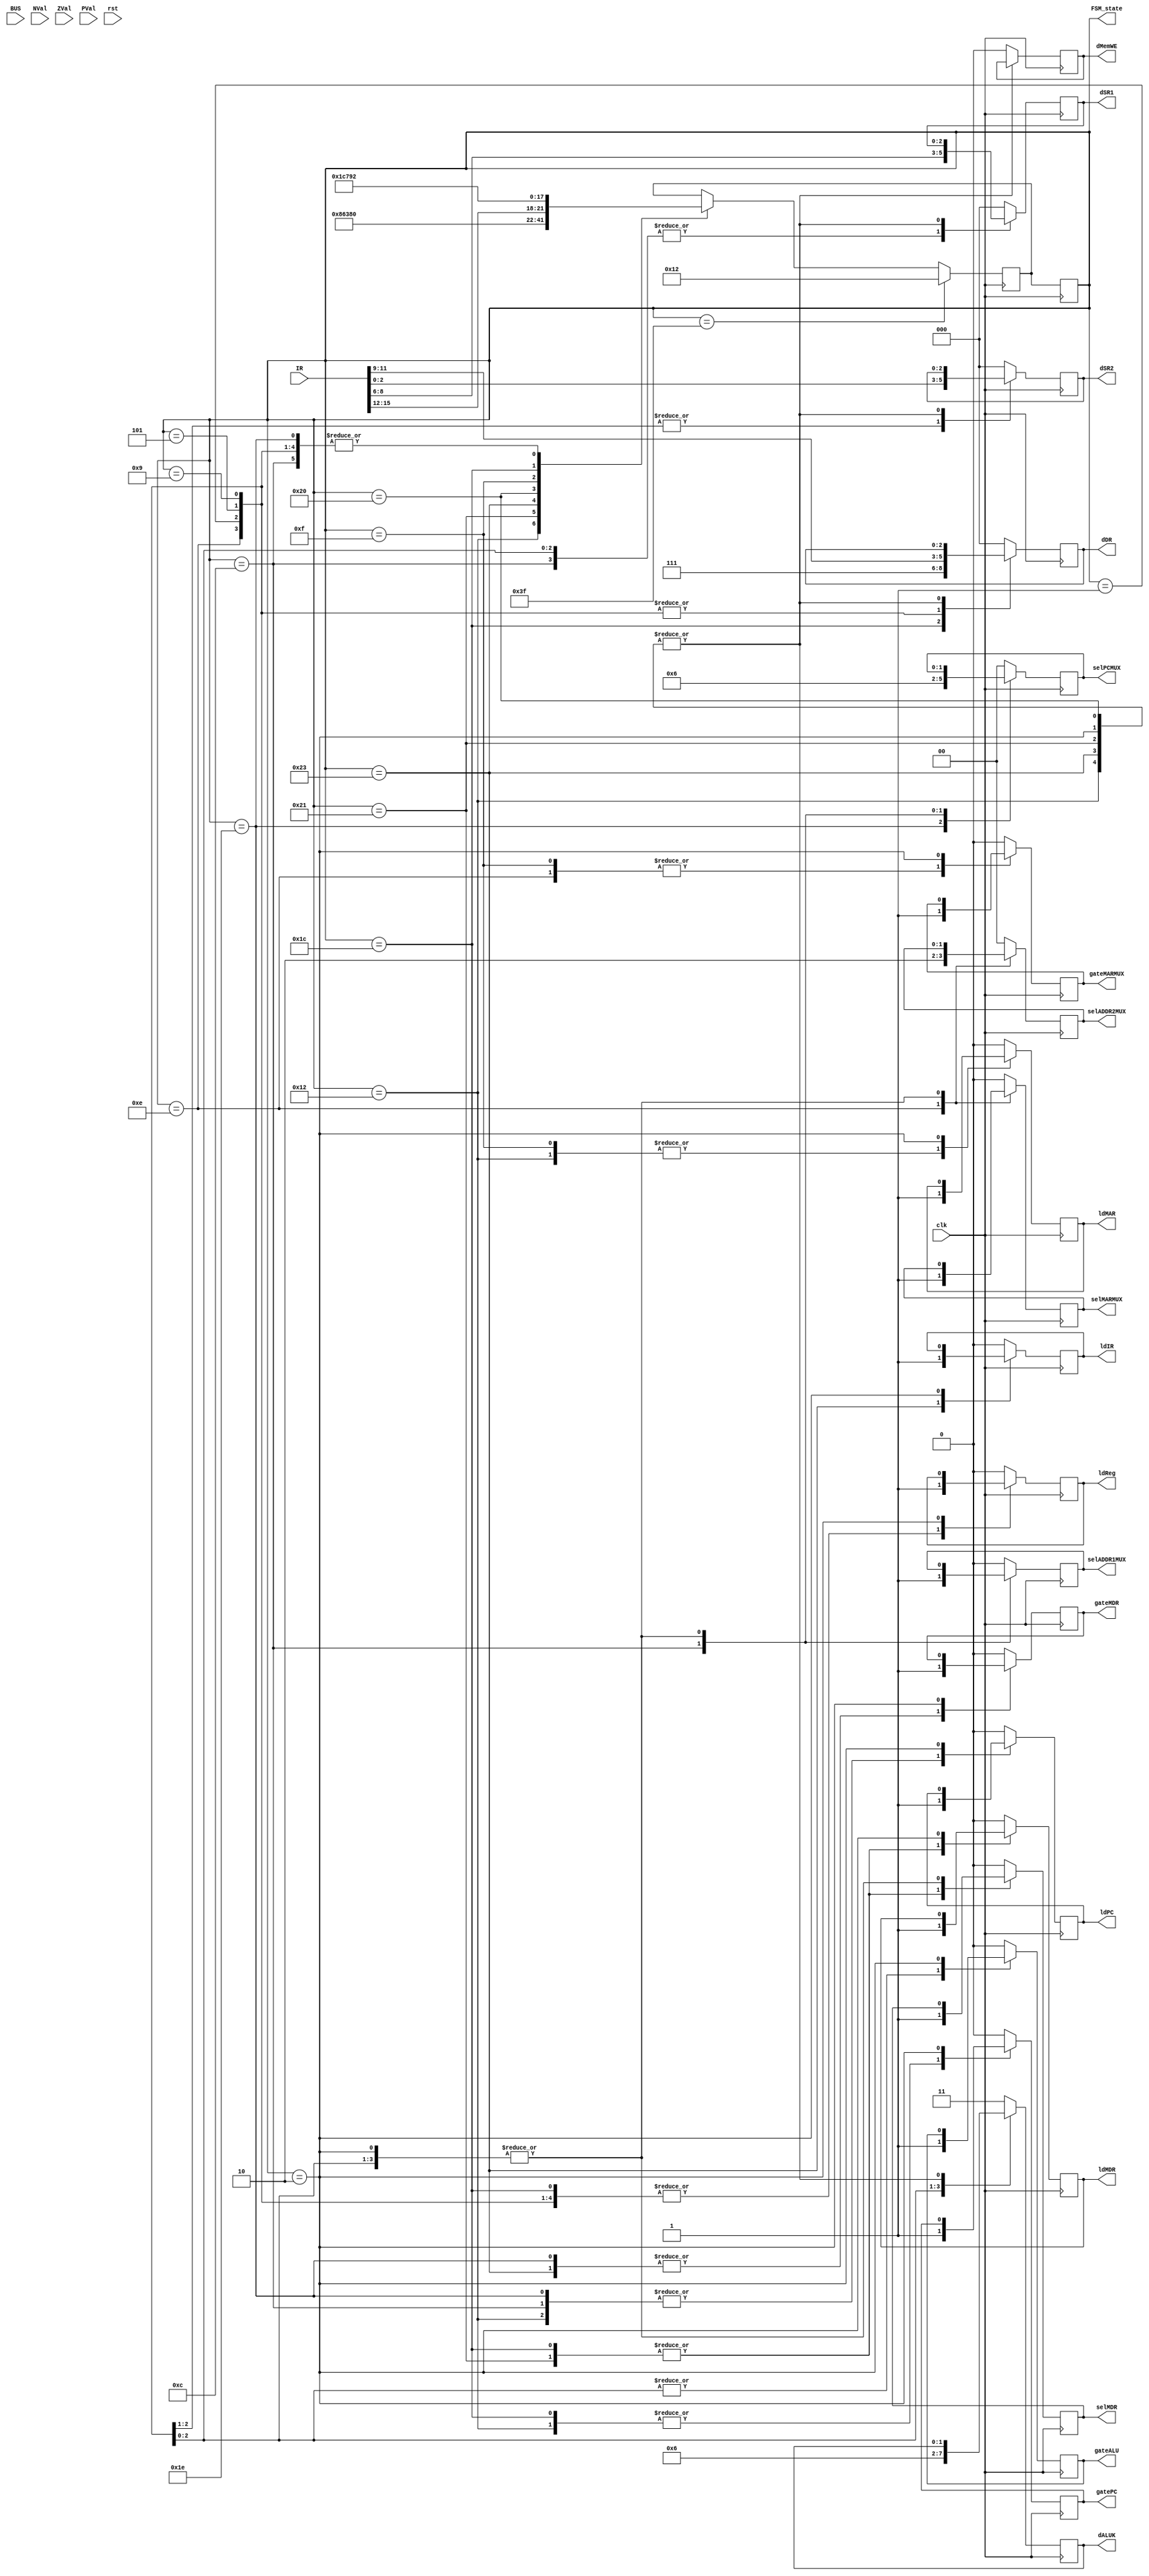
module FSM(
	//Inputs
	input [15:0] IR,
	input [15:0] BUS,
	input NVal,
	input ZVal,
	input PVal,
	//TSB Control
	output reg gateMARMUX,
	output reg gatePC,
	output reg gateALU,
	output reg gateMDR,
	//MUX
	output reg selMARMUX,	
	output reg [1:0] selPCMUX,
	output reg selADDR1MUX,
	output reg [1:0] selADDR2MUX,
	output reg selMDR,
	//Load
	output reg ldPC,
	output reg ldReg,
	output reg ldIR,
	output reg ldMDR,
	output reg ldMAR,
	//Data / Control
	output reg [2:0] dSR1,
	output reg [2:0] dSR2,
	output reg [2:0] dDR,
	output reg [1:0] dALUK,
	output reg dMemWE,
	//FSM State
	output reg [5:0] FSM_state,
	//Processor
	input clk,
	input rst);

	reg [5:0] FSM_next;

	initial
		FSM_state <= 6'd63;

	always @ (negedge clk)
		FSM_state <= FSM_next;

	// always @ (posedge rst)
	// 	FSM_state <= 6'd33;

	always @ (posedge clk) begin
		case (FSM_state)

			// ===> FETCH

			18: begin
				// MAR <- PC
				// PC <- PC + 1

				// TSBs
				gateMARMUX <= 0; gatePC <= 1;        gateALU <= 0;      gateMDR <= 0;
				// SEL
				selMARMUX <= 0;	 selPCMUX <= 2'b00;  selADDR1MUX <= 0;  selADDR2MUX <= 2'b00;  selMDR <= 0;
				// LOAD
				ldPC <= 1;       ldReg <= 0;         ldIR <= 0;         ldMDR <= 0;            ldMAR <= 1;

				FSM_next <= 6'd33;
			end

			33: begin
				// MDR <- m[MAR]

				// TSBs
				gateMARMUX <= 0; gatePC <= 0;        gateALU <= 0;      gateMDR <= 0;
				// SEL
				selMARMUX <= 0;	 selPCMUX <= 2'b00;  selADDR1MUX <= 0;  selADDR2MUX <= 2'b00;  selMDR <= 1;
				// LOAD
				ldPC <= 0;       ldReg <= 0;         ldIR <= 0;         ldMDR <= 1;            ldMAR <= 0;

				FSM_next <= 6'd35;
			end

			35: begin
				// IR <- MDR

				// TSBs
				gateMARMUX <= 0; gatePC <= 0;        gateALU <= 0;      gateMDR <= 1;
				// SEL
				selMARMUX <= 0;	 selPCMUX <= 2'b00;  selADDR1MUX <= 0;  selADDR2MUX <= 2'b00;  selMDR <= 0;
				// LOAD
				ldPC <= 0;       ldReg <= 0;         ldIR <= 1;         ldMDR <= 0;            ldMAR <= 0;

				FSM_next <= 6'd32;
			end

			// <=== FETCH

			// ===> DECODE

			32: begin
				// FSM_next <- IR[15:12]

				// TSBs
				gateMARMUX <= 0; gatePC <= 0;        gateALU <= 0;      gateMDR <= 0;
				// SEL
				selMARMUX <= 0;	 selPCMUX <= 2'b00;  selADDR1MUX <= 0;  selADDR2MUX <= 2'b00;  selMDR <= 0;
				// LOAD
				ldPC <= 0;       ldReg <= 0;         ldIR <= 0;         ldMDR <= 0;            ldMAR <= 0;

				FSM_next <= { 2'b00, IR[15:12] };
			end

			// <=== DECODE

			// ===> EXECUTE

			1: begin
				// ADD+
				// DR <- SR1 + [SR2 / SEXT[imm5]]

				// TSBs
				gateMARMUX <= 0; gatePC <= 0;        gateALU <= 1;      gateMDR <= 0;
				// LOAD
				ldPC <= 0;       ldReg <= 1;         ldIR <= 0;         ldMDR <= 0;            ldMAR <= 0;
				// DATA CTRL
				dSR1 <= IR[8:6]; dSR2 <= IR[2:0];    dDR <= IR[11:9];   dALUK <= 2'b00;        dMemWE <= 0;

				FSM_next <= 6'd18;
			end

			5: begin
				// AND+
				// DR <- SR1 & [SR2 / SEXT[imm5]]

				// TSBs
				gateMARMUX <= 0; gatePC <= 0;        gateALU <= 1;      gateMDR <= 0;
				// LOAD
				ldPC <= 0;       ldReg <= 1;         ldIR <= 0;         ldMDR <= 0;            ldMAR <= 0;
				// DATA CTRL
				dSR1 <= IR[8:6]; dSR2 <= IR[2:0];    dDR <= IR[11:9];   dALUK <= 2'b01;        dMemWE <= 0;

				FSM_next <= 6'd18;
			end

			9: begin
				// NOT
				// DR <- ~SR

				// TSBs
				gateMARMUX <= 0; gatePC <= 0;        gateALU <= 1;      gateMDR <= 0;
				// LOAD
				ldPC <= 0;       ldReg <= 1;         ldIR <= 0;         ldMDR <= 0;            ldMAR <= 0;
				// DATA CTRL
				dSR1 <= IR[8:6]; dSR2 <= 3'b000;     dDR <= IR[11:9];   dALUK <= 2'b10;        dMemWE <= 0;

				FSM_next <= 6'd18;
			end

			15: begin
				// TRAP s0
				// MAR <- ZEXT[IR[7:0]]

				// TSBs
				gateMARMUX <= 1; gatePC <= 0;        gateALU <= 0;      gateMDR <= 0;
				// SEL
				selMARMUX <= 0;	 selPCMUX <= 2'b00;  selADDR1MUX <= 0;  selADDR2MUX <= 2'b00;  selMDR <= 0;
				// LOAD
				ldPC <= 0;       ldReg <= 0;         ldIR <= 0;         ldMDR <= 0;            ldMAR <= 1;
				// DATA CTRL
				dSR1 <= 3'b000;  dSR2 <= 3'b000;     dDR <= 3'b000;     dALUK <= 2'b11;        dMemWE <= 0;

				FSM_next <= 6'd28;
			end

			28: begin
				// TRAP s1
				// MDR <- m[MAR]
				// R7 <- PC

				// TSBs
				gateMARMUX <= 0; gatePC <= 1;        gateALU <= 0;      gateMDR <= 0;
				// SEL
				selMARMUX <= 0;	 selPCMUX <= 2'b00;  selADDR1MUX <= 0;  selADDR2MUX <= 2'b00;  selMDR <= 1;
				// LOAD
				ldPC <= 0;       ldReg <= 1;         ldIR <= 0;         ldMDR <= 1;            ldMAR <= 0;
				// DATA CTRL
				dSR1 <= 3'b000;  dSR2 <= 3'b000;     dDR <= 3'b111;     dALUK <= 2'b11;        dMemWE <= 0;

				FSM_next <= 6'd30;
			end

			30: begin
				// TRAP s2
				// PC <- MDR

				// TSBs
				gateMARMUX <= 0; gatePC <= 0;        gateALU <= 0;      gateMDR <= 1;
				// SEL
				selMARMUX <= 0;	 selPCMUX <= 2'b01;  selADDR1MUX <= 0;  selADDR2MUX <= 2'b00;  selMDR <= 0;
				// LOAD
				ldPC <= 1;       ldReg <= 0;         ldIR <= 0;         ldMDR <= 0;            ldMAR <= 0;
				// DATA CTRL
				dSR1 <= 3'b000;  dSR2 <= 3'b000;     dDR <= 3'b000;     dALUK <= 2'b11;        dMemWE <= 0;

				FSM_next <= 6'd18;
			end

			14: begin
				// LEA
				// DR <- PC + offest9

				// TSBs
				gateMARMUX <= 1; gatePC <= 0;        gateALU <= 0;      gateMDR <= 0;
				// SEL
				selMARMUX <= 1;	 selPCMUX <= 2'b00;  selADDR1MUX <= 0;  selADDR2MUX <= 2'b10;  selMDR <= 0;
				// LOAD
				ldPC <= 0;       ldReg <= 1;         ldIR <= 0;         ldMDR <= 0;            ldMAR <= 0;
				// DATA CTRL
				dSR1 <= 3'b000;  dSR2 <= 3'b000;     dDR <= IR[11:9];   dALUK <= 2'b11;        dMemWE <= 0;

				FSM_next <= 6'd18;
			end

			12: begin
				// JMP (RET = JMP 111)
				// PC <- BaseR

				// TSBs
				gateMARMUX <= 0; gatePC <= 0;        gateALU <= 0;      gateMDR <= 0;
				// SEL
				selMARMUX <= 0;	 selPCMUX <= 2'b10;  selADDR1MUX <= 1;  selADDR2MUX <= 2'b00;  selMDR <= 0;
				// LOAD
				ldPC <= 1;       ldReg <= 0;         ldIR <= 0;         ldMDR <= 0;            ldMAR <= 0;
				// DATA CTRL
				dSR1 <= IR[8:6];  dSR2 <= 3'b000;     dDR <= 3'b000;     dALUK <= 2'b11;        dMemWE <= 0;

				FSM_next <= 6'd18;
			end

			2: begin
				// LD
				//
			end

			// <=== EXECUTE

			default: begin
				// ...

				// TSBs
				gateMARMUX <= 0; gatePC <= 0;        gateALU <= 0;      gateMDR <= 0;
				// SEL
				selMARMUX <= 0;	 selPCMUX <= 2'b00;  selADDR1MUX <= 0;  selADDR2MUX <= 2'b00;  selMDR <= 0;
				// LOAD
				ldPC <= 0;       ldReg <= 0;         ldIR <= 0;         ldMDR <= 0;            ldMAR <= 0;
				// DATA CTRL
				dSR1 <= 3'b000;  dSR2 <= 3'b000;     dDR <= 3'b000;     dALUK <= 2'b11;        dMemWE <= 0;
			end

		endcase

		if (FSM_state == 6'd63)
			FSM_next <= 6'd18;
	end


endmodule